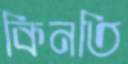
কিনতি